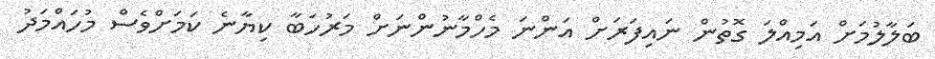
ބަލާލުމަށް އަމިއްލަ ގޮތުން ނައިފަރަށް އަންނަ މެހްމާނުންނަށް މަރުހަބާ ކިޔާނެ ކަމަށްވެސް މުހައްމަދު